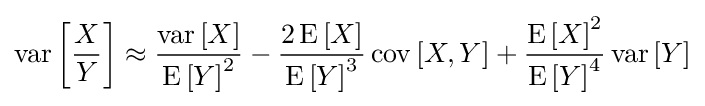
\operatorname {var} \left[{\frac {X}{Y}}\right]\approx {\frac {\operatorname {var} \left[X\right]}{\operatorname {E} \left[Y\right]^{2}}}-{\frac {2\operatorname {E} \left[X\right]}{\operatorname {E} \left[Y\right]^{3}}}\operatorname {cov} \left[X,Y\right]+{\frac {\operatorname {E} \left[X\right]^{2}}{\operatorname {E} \left[Y\right]^{4}}}\operatorname {var} \left[Y\right]